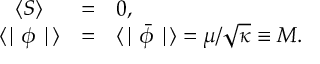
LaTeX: \begin{array} { c c l } { { \langle S \rangle } } & { { = } } & { { 0 , } } \\ { { \langle \mid \phi \mid \rangle } } & { { = } } & { { \langle \mid \bar { \phi } \mid \rangle = \mu / \sqrt { \kappa } \equiv M . } } \end{array}